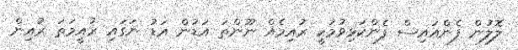
ލޮލުން ފެންއައިސް ފެންކަޅިވުމަކީ ރުއިމެއް ނޫންތަ އަޑުން އަޑު ނަގައި ރުއީމަތަ ރުއިން